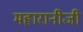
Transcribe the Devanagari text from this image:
महारानीजी